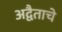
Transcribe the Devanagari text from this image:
अद्वैताचे